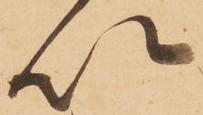
以